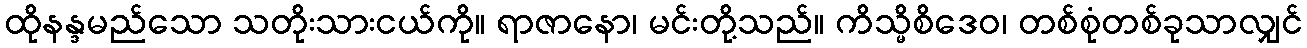
ထိုနန္ဒမည်သော သတိုးသားငယ်ကို။ ရာဇာနော၊ မင်းတို့သည်။ ကိသ္မိစိဒေဝ၊ တစ်စုံတစ်ခုသာလျှင်